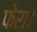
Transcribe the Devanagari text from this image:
फेरा।